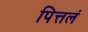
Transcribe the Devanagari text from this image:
पित्तलं